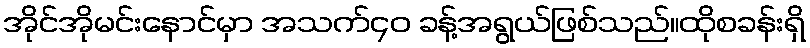
အိုင်အိုမင်းနောင်မှာ အသက်၄၀ ခန့်အရွယ်ဖြစ်သည်။ထိုစခန်းရှိ